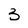
Character: 3